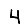
Digit: 4